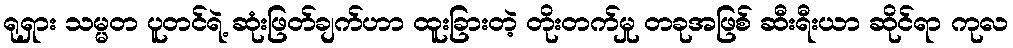
ရုရှား သမ္မတ ပူတင်ရဲ့ ဆုံးဖြတ်ချက်ဟာ ထူးခြားတဲ့ တိုးတက်မှု တခုအဖြစ် ဆီးရီးယာ ဆိုင်ရာ ကုလ